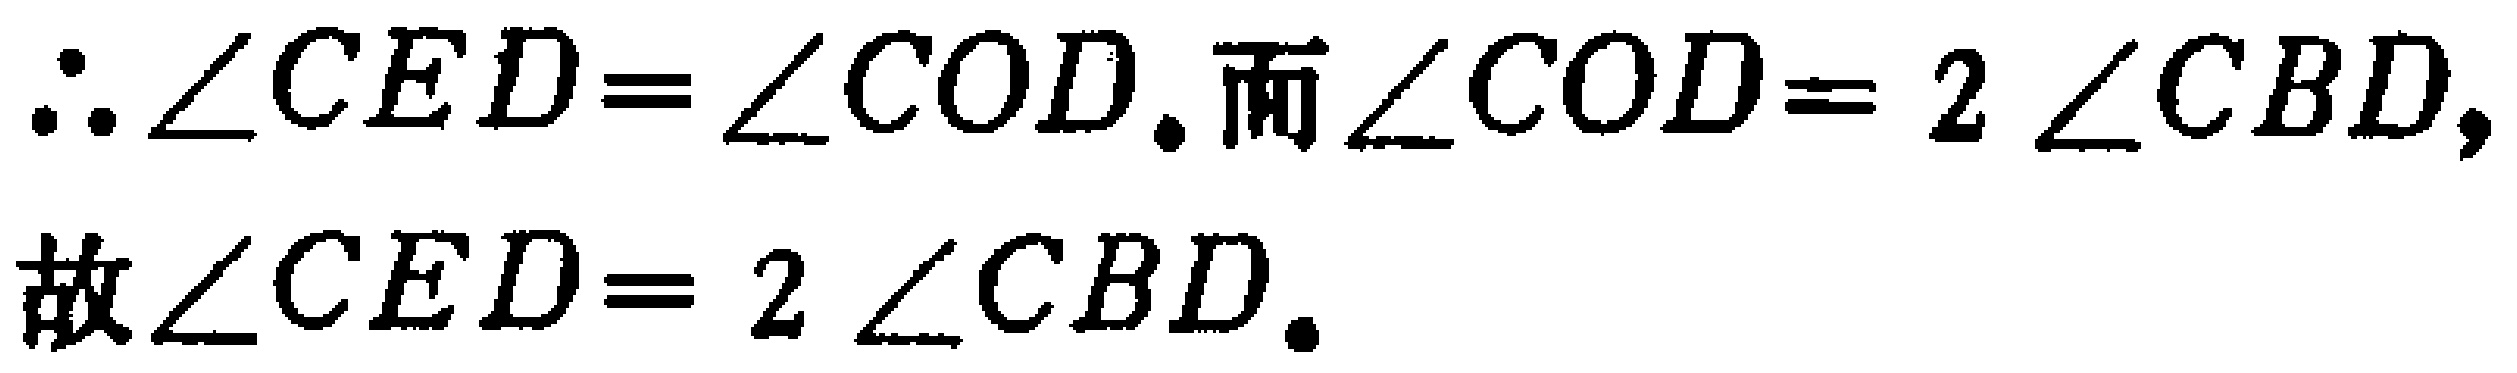
\(\therefore \angle CED = \angle COD.\text{而}\angle COD = 2\angle CBD,\\

\text{故}\angle CED = 2\angle CBD.\)